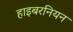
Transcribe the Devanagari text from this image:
हाइबरनियन